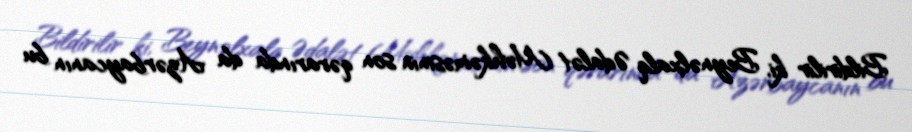
Bildirilir ki, Beynəlxalq Ədalət Məhkəməsinin son qərarında da Azərbaycanın bu